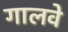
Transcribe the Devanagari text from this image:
गालवे